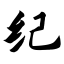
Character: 纪